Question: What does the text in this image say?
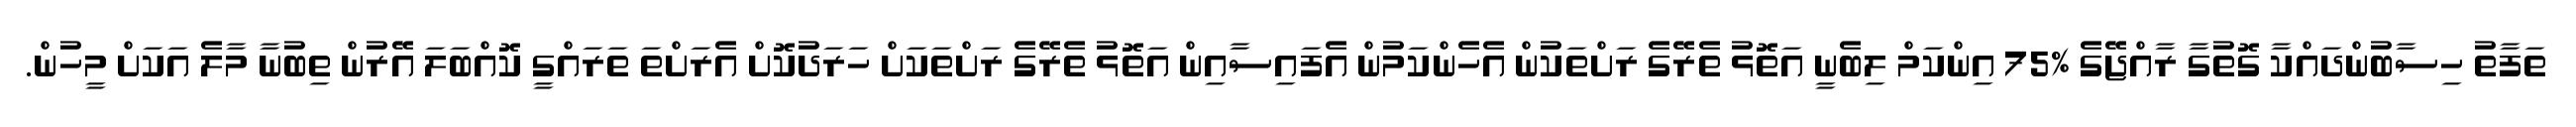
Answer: ތަފާތު ހިސާބުންދައްކާ ގޮތުގާ ރާއްޖޭގެ %75 އިންކަމް ލިބެނީ އަތޮޅު ތެރޭގެ ރަށްތަކުން އެހެންކަމުން އެފައިސާއިން އަތޮޅު ތެރޭގެ ރަށްތަކަށް ހަރަދުކޮށް އެރަށްތަ ތަރައްގީ ކޮއްބަލަ އޭރުން ތިބުނާ މާލެ އަކަށް މީހުން.